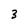
Character: 3